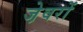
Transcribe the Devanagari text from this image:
जे़वरों